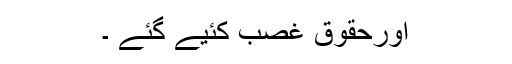
اورحقوق غصب کئیے گئے ۔